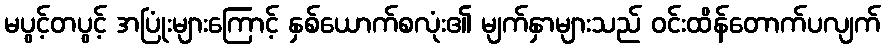
မပွင့်တပွင့် အပြုံးများကြောင့် နှစ်ယောက်စလုံး၏ မျက်နှာများသည် ဝင်းထိန်တောက်ပလျက်